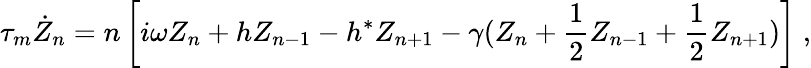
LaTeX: \tau_{m}\dot{Z}_{n}=n\left[i\omega Z_{n}+hZ_{n-1}-h^{*}Z_{n+1}-\gamma(Z_{n}+\frac{1}{2}Z_{n-1}+\frac{1}{2}Z_{n+1})\right]\; ,